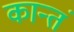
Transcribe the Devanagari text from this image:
कान्तं